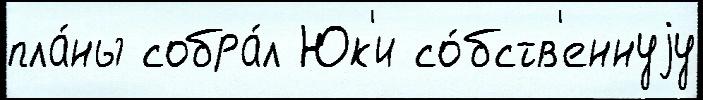
пла́ны собра́л Юк'и со́бств'еннуjу